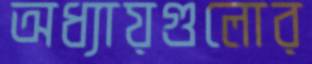
অধ্যায়গুলোর